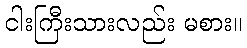
ငါးကြီးသားလည်း မစား။